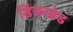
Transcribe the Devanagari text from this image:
डिंजरब्रेड